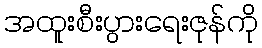
အထူးစီးပွားရေးဇုန်ကို